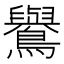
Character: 鸒